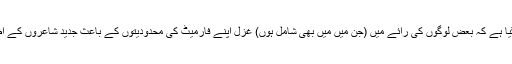
تبدیلی کا یہ عمل ہمارے زمانے تک آتے ہوے اتنا موثر ہو گیا ہے کہ بعض لوگوں کی رائے میں (جن میں میں بھی شامل ہوں) غزل اپنے فارمیٹ کی محدودیتوں کے باعث جدید شاعروں کے اظہار کے لیے ناکافی، بلکہ نامناسب محسوس ہونے لگی ہے۔